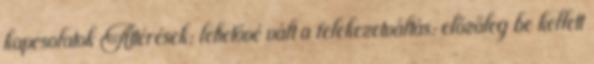
kapcsolatok Áttérések: lehetővé vált a felekezetváltás: előzőleg be kellett